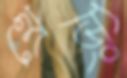
থ্রেডিং